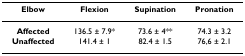
| Elbow | Flexion | Supination | Pronation |
 | --- | --- | --- | --- |
 | Affected | 136.5 ± 7.9* | 73.6 ± 4** | 74.3 ± 3.2 |
 | Unaffected | 141.4 ± 1 | 82.4 ± 1.5 | 76,6 ± 2.1 |